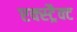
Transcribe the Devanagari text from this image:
एक्स्ट्रैक्ट